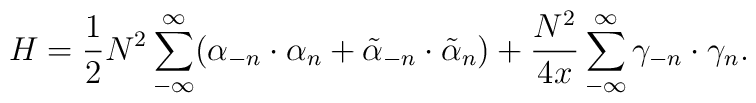
H=\frac{1}{2}N^2\sum_{-\infty}^\infty (\alpha_{-n}\cdot \alpha_n +\tilde{\alpha}_{-n}\cdot \tilde{\alpha}_n) +\frac{N^2}{4x}\sum_{-\infty}^\infty \gamma_{-n}\cdot \gamma_n .